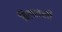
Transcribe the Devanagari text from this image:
बिलावली